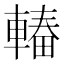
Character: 𮝠